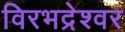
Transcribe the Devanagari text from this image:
विरभद्रेश्वर